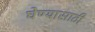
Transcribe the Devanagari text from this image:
घेण्‍यासाठी